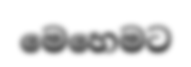
මෙහෙමට